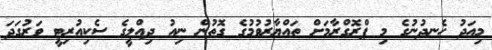
މިއަދު ހެނދުނުގެ މި ޕްރޮގްރާމަށް ތައްޔާރުވުމުގެ ގޮތުން ނިއު ދިއްލީގެ ސެކިއުރިޓީ ވަރުގަދަ